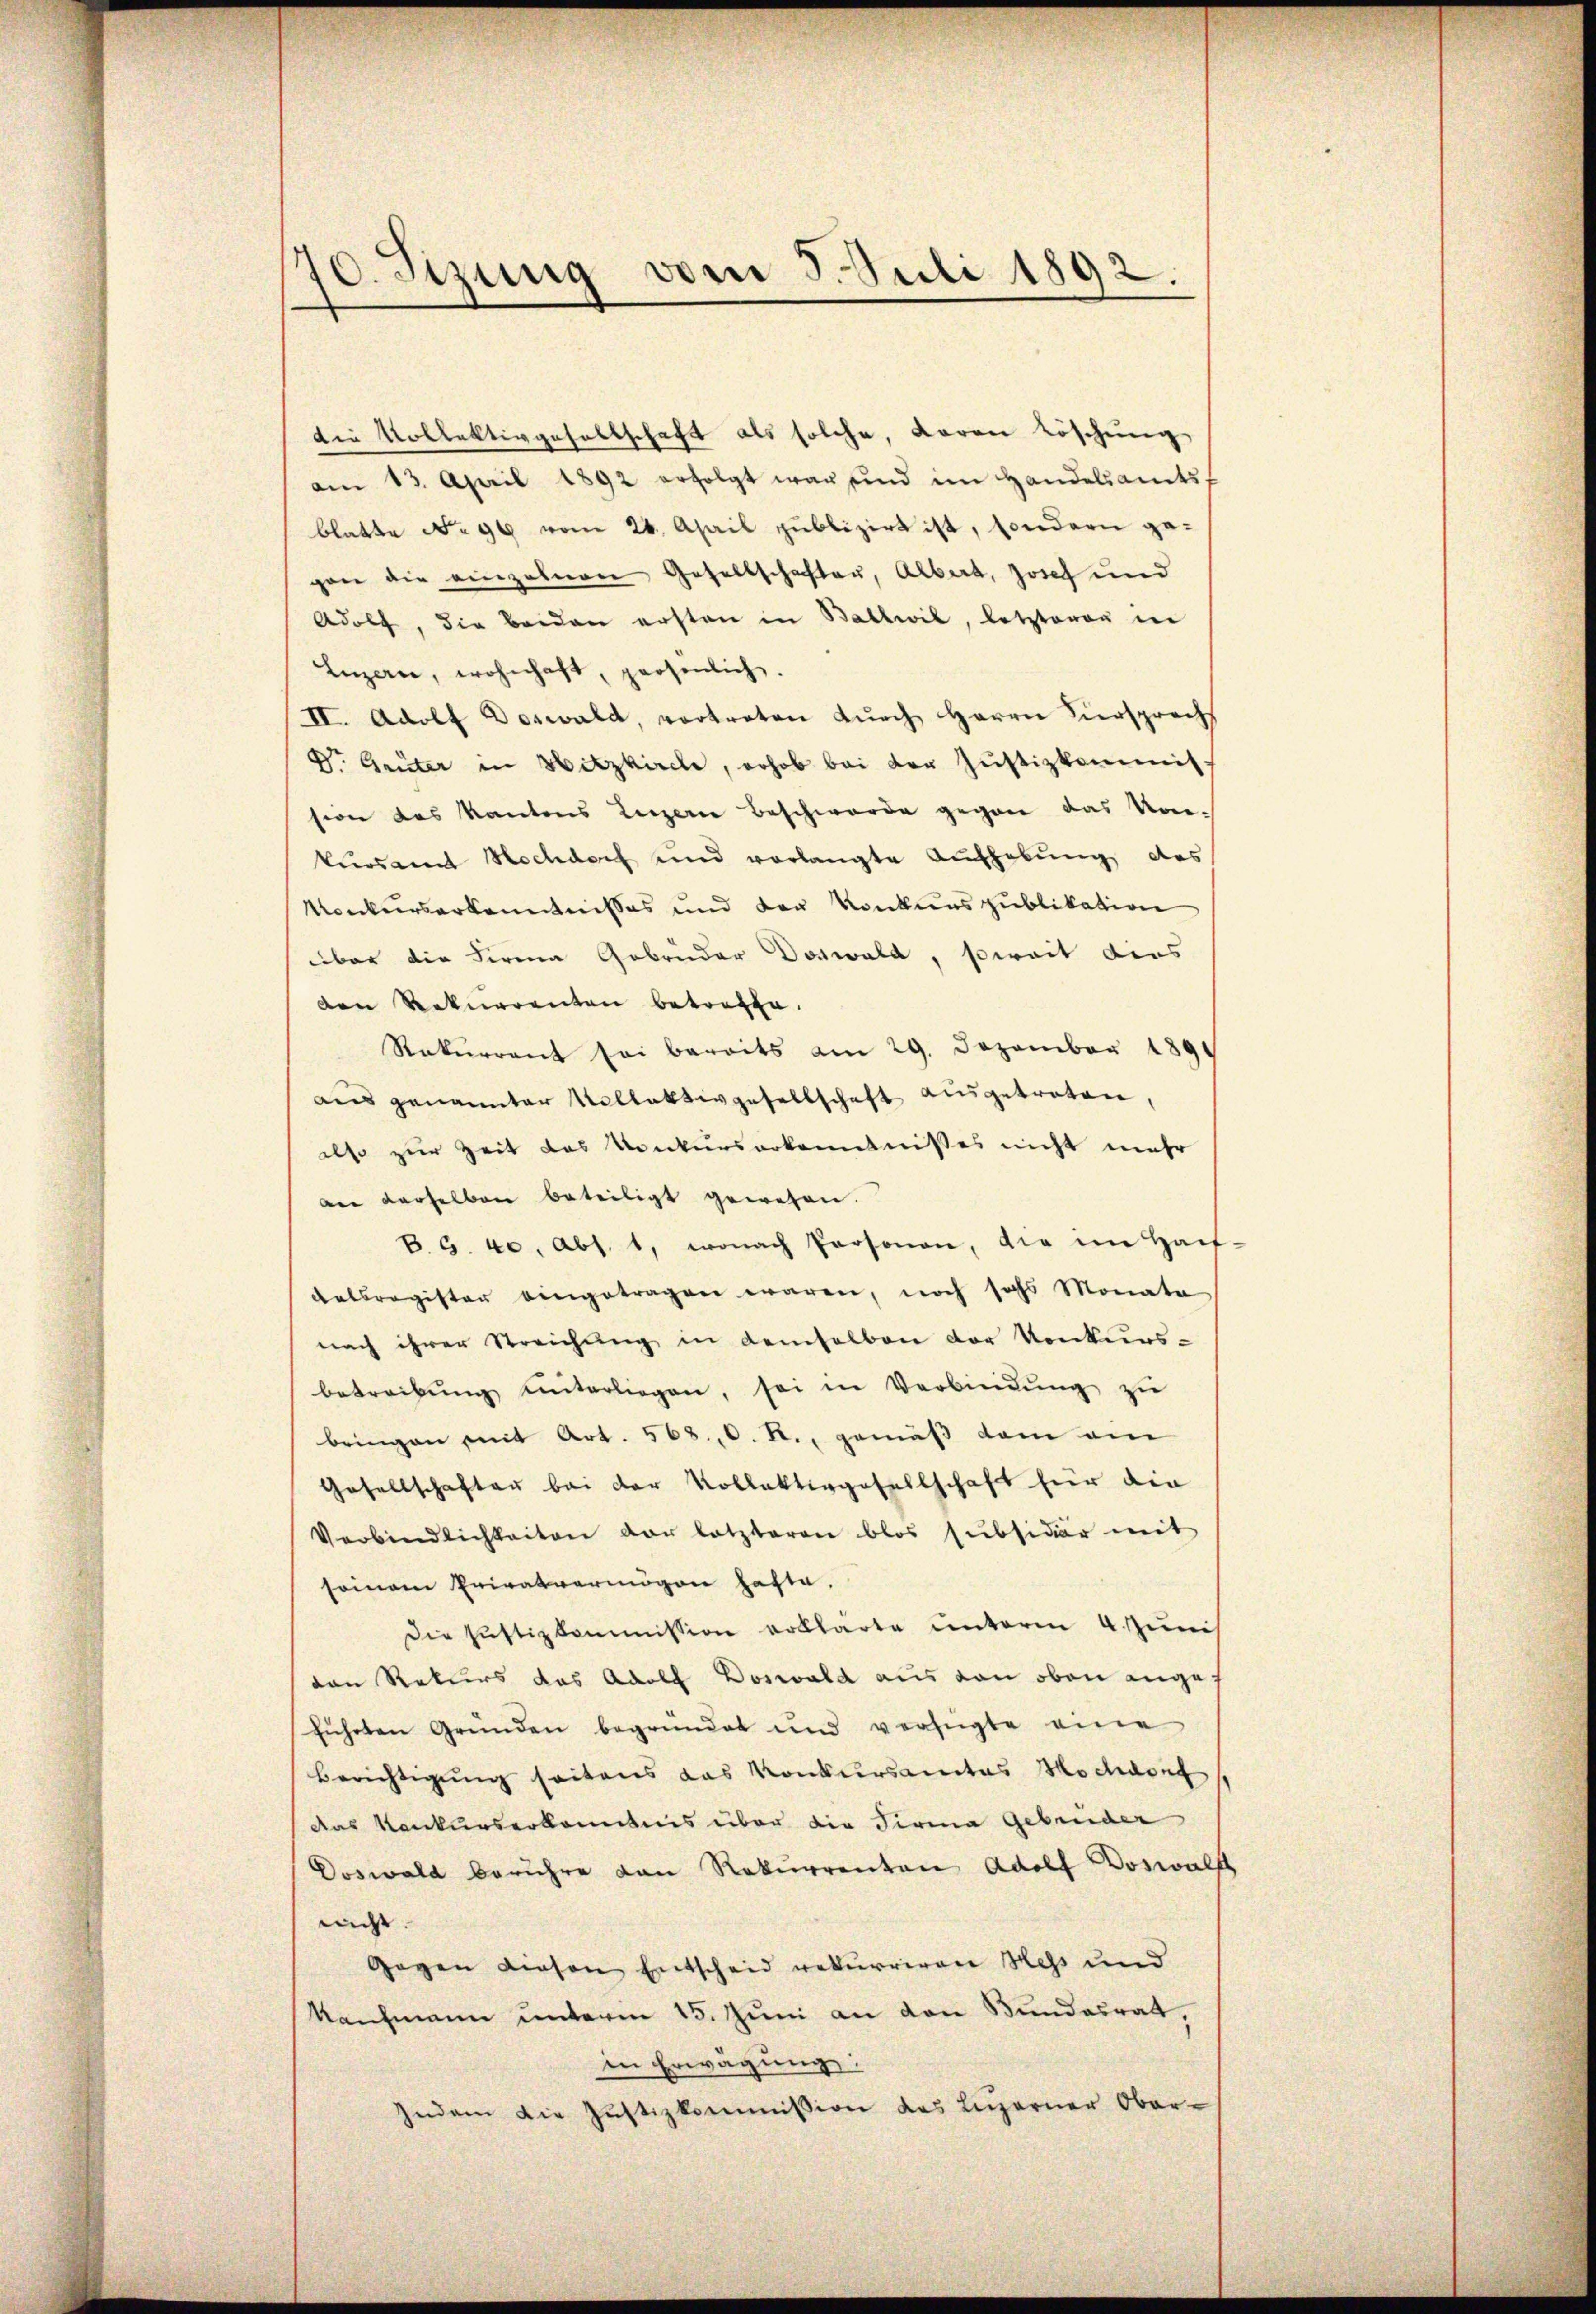
70. Sizung vom 5. Juli 1892.

die Kollektivgesellschaft als solche, daran Löschung
am 13. April 1892 erfolgt war und im Handelsamts,
blatte No 96 vom 28. April publizirt ist, sondern ge-
gan die einzelnen Gesellschaften, Albert, Josef und
Adolf, die beiden ersten in Ballwil, letzteren in
Luzern, wohnhaft, grosenlich.
II. Adolf Doswald, vortreten dŭrch Herrn Fürsprachs
Dr. Grüter in Hitzkirche, erhob bei der Justizkommiss
sion das Kantons Luzerne Beschwerde gegen das Vokursement Hochdorf und verlangte Aufhebung des
Konkurserkenntnisses und der Konkurs publikation
über die Firma Gebrüder Doswald, soweit dies
ven Rekurrenten betreffe.
Rekurrent sei bereits am 29. Dezember 1891
aus genannter Vollektivgesellschaft ausgetreten,
also zur Zeit des Konkurserkenntnisses nicht mehr
an derselben beteiligt gewesen.
B. G. 40, Abs. 1, wonach Personen, die im Haut-
datsregister eingetragen waren, noch sechs Monate
nach ihrer Streichung in demselben der Konkurs-
betreibŭng unterliegen, sei in Verbindŭng zu
bringen mit Art. 568, C. R., gemäß dem am
Gesellschafter bei der Kollektivgesellschaft für die
Verbindlichkeiten der letzteren blos subsidiär mit
seinem Privatvermögen hafte.
Die Justizkommission erklärte unterm 4. Juni
ven Rekurs das Adolf Doswald aus von oben angef
führten Gründen begründet und verfügte eine
Berichtigung seitens das Konkursanitas Hochdorf
das Konkurserkanntnis über die Firma Gebrüder
Doswald berühre von Rekurrenten Adolf Doswalf
nicht. |
Gegen diesen Entscheid rekurriren Hess und
Kaufmann unterm 15. Juni an den Bundesrat,
in Erwägung:
Indem die Justizkommission des Luzerner Ober-